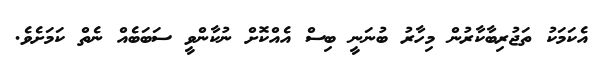
އެކަމަކު ތަޖުރިބާކާރުން މިހާރު ބުނަނީ ބިސް އެއްކޮށް ނުކާންވީ ސަބަބެއް ނެތް ކަމަށެވެ.